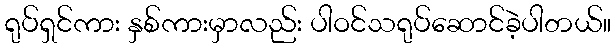
ရုပ်ရှင်ကား နှစ်ကားမှာလည်း ပါဝင်သရုပ်ဆောင်ခဲ့ပါတယ်။